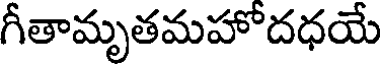
గీతామృతమహోదధయే